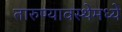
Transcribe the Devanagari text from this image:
तारुण्यावस्थेमध्ये